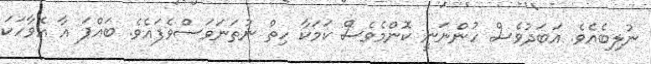
ނުލިބެއެވެ. އަބަދުވެސް ހުންނަނީ ކޮންމެވެސް ކަމަކާ ހިތް ނުތަނަވަސްވެފައެވެ. ބައްޕަ އާ އެވާހަކަ